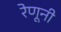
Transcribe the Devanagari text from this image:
रेणूनी